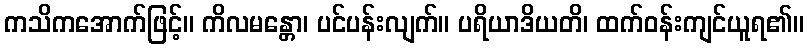
ကသိကအောက်ဖြင့်။ ကိလမန္တော၊ ပင်ပန်းလျက်။ ပရိယာဒိယတိ၊ ထက်ဝန်းကျင်ယူရ၏။